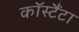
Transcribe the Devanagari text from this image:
कॉस्टैंटा